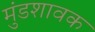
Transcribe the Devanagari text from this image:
मुंडशावक